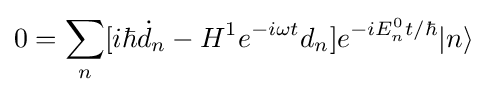
0=\sum _{n}[i\hbar {\dot {d}}_{n}-H^{1}e^{-i\omega t}d_{n}]e^{-iE_{n}^{0}t/\hbar }|n\rangle